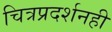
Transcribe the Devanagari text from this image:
चित्रप्रदर्शनही